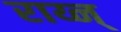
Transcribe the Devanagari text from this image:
राय्न्